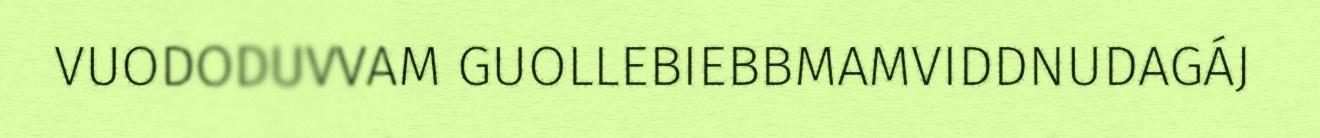
VUODODUVVAM GUOLLEBIEBBMAMVIDDNUDAGÁJ